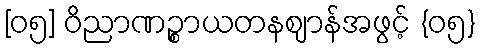
[၀၅] ဝိညာဏဉ္စာယတနဈာန်အဖွင့် {၀၅}